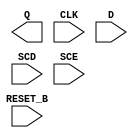
module sky130_fd_sc_ms__sdfrtp (
    Q      ,
    CLK    ,
    D      ,
    SCD    ,
    SCE    ,
    RESET_B
);

    output Q      ;
    input  CLK    ;
    input  D      ;
    input  SCD    ;
    input  SCE    ;
    input  RESET_B;

    // Voltage supply signals
    supply1 VPWR;
    supply0 VGND;
    supply1 VPB ;
    supply0 VNB ;

endmodule